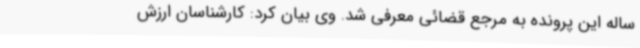
ساله این پرونده به مرجع قضائی معرفی شد. وی بیان کرد: کارشناسان ارزش